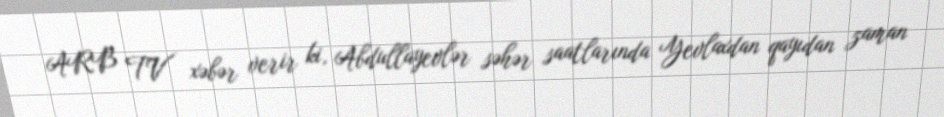
ARB TV xəbər verir ki, Abdullayevlər səhər saatlarında Yevlaxdan qayıdan zaman